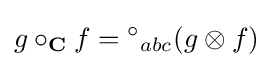
g\circ _{\textbf {C}}f={^{\circ }}_{abc}(g\otimes f)